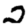
Digit: 2